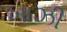
ખાઝી